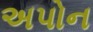
અપોન